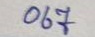
067